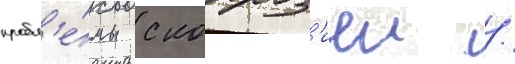
пробл'е́мы с корроз'иеи /